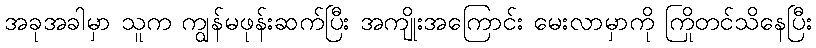
အခုအခါမှာ သူက ကျွန်မဖုန်းဆက်ပြီး အကျိုးအကြောင်း မေးလာမှာကို ကြိုတင်သိနေပြီး